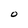
Character: O